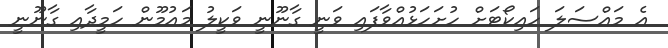
އެ މައްސަލަ ހައިކޯޓަށް ހުށަހަޅުއްވާފައި ވަނީ ގާނޫނީ ވަކީލު މައުމޫން ހަމީދާއި ގާނޫނީ